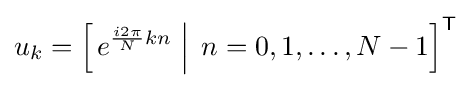
u_{k}=\left[\left.e^{{\frac {i2\pi }{N}}kn}\;\right|\;n=0,1,\ldots ,N-1\right]^{\mathsf {T}}